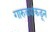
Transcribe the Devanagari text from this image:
गारुड्यांकडून